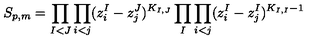
S _ { p , m } = \prod _ { I < J } \prod _ { i < j } ( z _ { i } ^ { I } - z _ { j } ^ { J } ) ^ { K _ { I , J } } \prod _ { I } \prod _ { i < j } ( z _ { i } ^ { I } - z _ { j } ^ { I } ) ^ { K _ { I , I } - 1 }